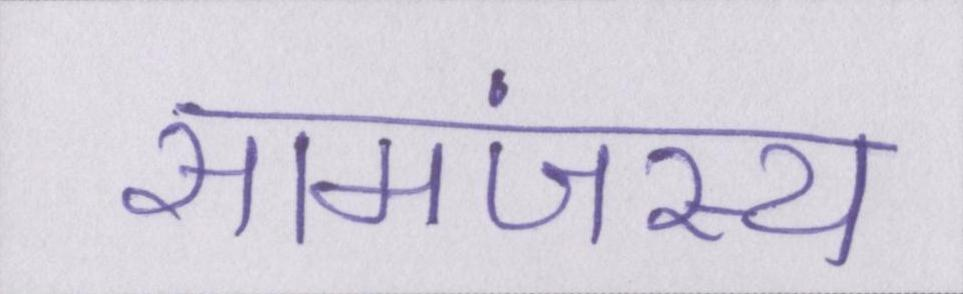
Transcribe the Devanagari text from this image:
सामंजस्य